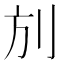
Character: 𠛍